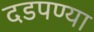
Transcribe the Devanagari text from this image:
दडपण्या